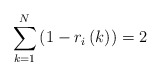
\begin{align*}\sum_{k=1}^{N}\left( 1-r_{i}\left( k\right) \right) =2\end{align*}